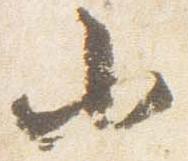
小